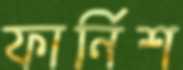
ফার্নিশ